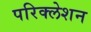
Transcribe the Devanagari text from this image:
परिक्लेशन